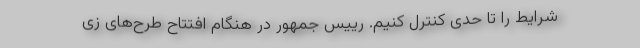
شرایط را تا حدی کنترل کنیم. رییس جمهور در هنگام افتتاح طرح‌های زی